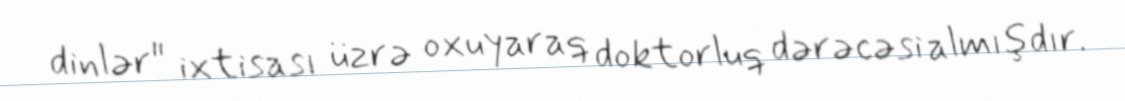
dinlər" ixtisası üzrə oxuyaraq doktorluq dərəcəsi almışdır.